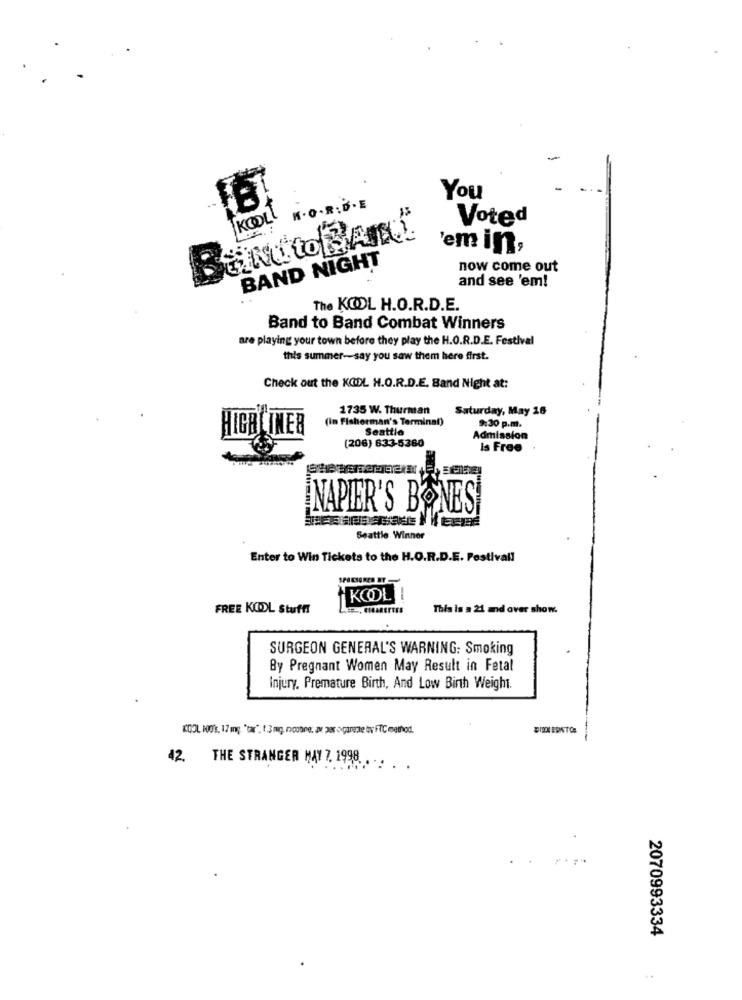
You
KOOL K.O.R. D. E
Voted
Bandto BAN
'em in,
BAND NIGHT
now come out
and see 'em!
The KOOL H.O.R.D.E.
Band to Band Combat Winners
are playing your town before they play the H.O.R.D.E. Festival
this summer-say you saw them here first.
Check out the KODL H.O.R.D.E. Band Night at:
1735 W. Thurman
Saturday, May 16
(in Fisherman's Terminal)
HIGBLINER
Seattle
9:30 p.m.
(206) 633-5380
Admission
Is Free
NAPIER'S BONES
Seattle Winner
Enter to Win Tickets to the H.O.R.D.E. Festivall
KOOL
-
FREE KOOL Stuff!
EL, CIGARETTES
This is a 21 and over show.
SURGEON GENERAL'S WARNING: Smoking
By Pregnant Women May Result in Fetal
Injury. Premature Birth, And Low Birth Weight.
KOOL HO's, 17 mg, "tar", 1.3mg, noone, av per ogare;te tv FTC method.
12. THE STRANGER MAY 7. 1998. ... . .
2070993334